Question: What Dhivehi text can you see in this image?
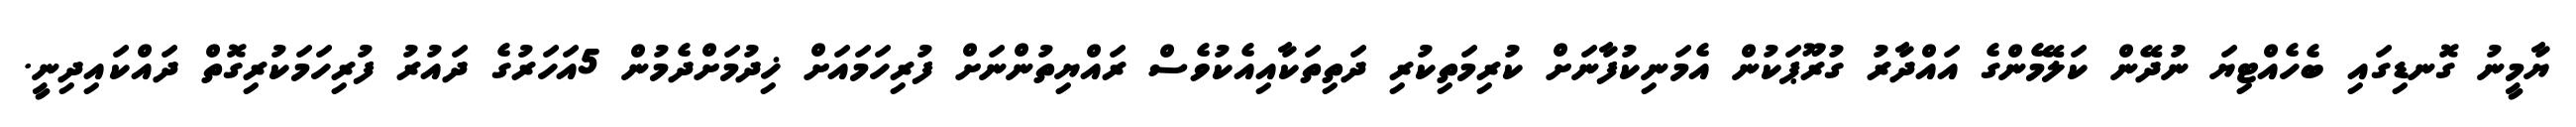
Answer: ޔާމީނު ގޮނޑިގައި ބެހެއްޓިޔަ ނުދޭން ކަލޭމެންގެ އައްދާރު ގުރޫޕަކުން އެމަނިކުފާނަށް ކުރިމަތިކުރި ދަތިތަކާއިއެކުވެސް ރައްޔިތުންނަށް ފުރިހަމައަށް ޚިދުމަށްދެމުން 5އަހަރުގެ ދައުރު ފުރިހަމަކުރިގޮތް ދައްކައިދިނީ.